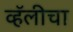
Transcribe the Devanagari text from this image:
व्हॅलीचा